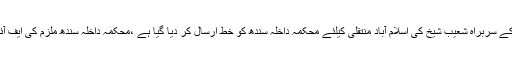
2015ء)وفاقی وزارت داخلہ نے آئی ٹی کمپنی ایگزیکٹ کے سربراہ شعیب شیخ کی اسلام آباد منتقلی کیلئے محکمہ داخلہ سندھ کو خط ارسال کر دیا گیا ہے ،محکمہ داخلہ سندھ ملزم کی ایف آئی اے اسلام آباد حوالگی کیلئے عدالت سے رجوع کرے گا۔